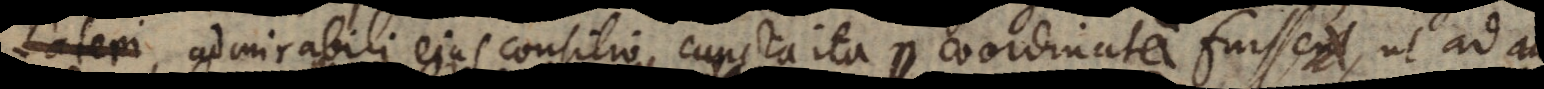
asserere, admirabili ejus consilio cuncta ita coordinata fuisse, ut ad